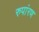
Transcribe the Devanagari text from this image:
रुपांरण